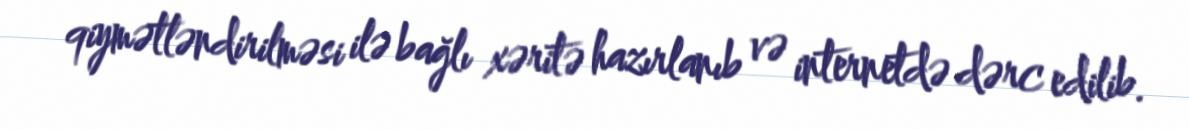
qiymətləndirilməsi ilə bağlı xəritə hazırlanıb və internetdə dərc edilib.